Annual vaccination report of Bihar and Orissa - 1911-1928
Year: 1911
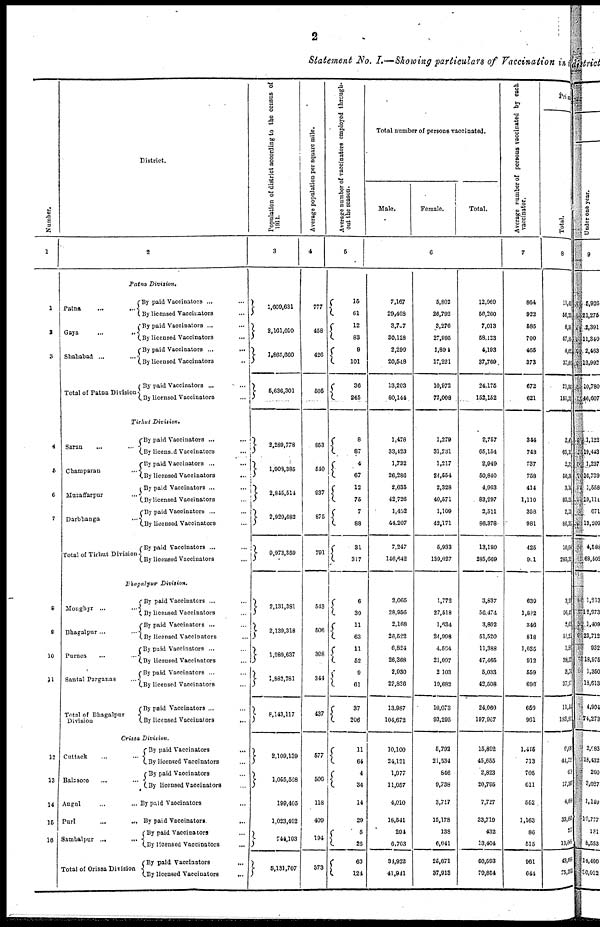
2
Statement No. I.—Showing particulars of Vaccination in the
Number.
1
1
2
3
4
5
6
7
8
9
10
11
12
13
14
15
16
District.
2
Patna Division.
Patna
...
...
Gaya
...
...
Shahabad ...
...
Total of Patna Division
By paid Vaccinators ... ...
By licensed Vaccinators ...
By paid Vaccinators ... ...
By licensed Vaccinators ...
By paid Vaccinators ...
...
By licensed Vaccinators ...
By paid Vaccinators ... ...
By licensed Vaccinators ...
Tirhut Division.
Saran
...
...
Champaran ...
Muzaffarpur ...
Darbhanga ...
Total of Tirhut Division
By paid Vaccinators ... ...
By licensed Vaccinators ...
By paid Vaccinators ... ...
By licensed Vaccinators ...
By paid Vaccinators ... ...
By licensed Vaccinators ...
By paid Vaccinators ... ...
By licensed Vaccinators ...
By paid Vaccinators ... ...
By licensed Vaccinators ...
Bhagalpur Division.
Monghyr ... ...
Bhagalpur ... ...
Purnea ... ...
Santal Parganas ...
Total of Bhagalpur
Division
By paid Vaccinators ... ...
By licensed Vaccinators ...
By paid Vaccinators ... ...
By licensed Vaccinators ...
By paid Vaccinators ... ...
By licensed Vaccinators ...
By paid Vaccinators ... ...
By licensed Vaccinators ...
By paid Vaccinators ... ...
By licensed Vaccinators
...
Orissa Division.
Cuttack ... ...
Balasore ... ...
Angul
...
...
Puri ... ...
Sambalpur ...
...
Total of Orissa Division
By paid Vaccinators ... ...
By licensed Vaccinators ...
By paid Vaccinators ... ...
By licensed Vaccinators ...
By paid Vaccinators ...
By paid Vaccinators
...
By paid Vaccinators ...
By licensed Vaccinators
...
By paid Vaccinators ...
By licensed Vaccinators ...
Population of district according to the census of
1911.
3
1,609,631
2,161,010
1,865,660
5,636,301
2,289,778
1,908,385
2,845,514
2,929,682
9,973,359
2,131,381
2,139,318
1,989,637
1,882,781
8,143,117
2,109,139
1,055,568
199,405
1,023,402
744,193
5,131,707
Average population per square mile.
4
777
458
426
505
853
540
937
875
791
543
506
308
344
437
577
506
118
409
194
373
Average number of vaccinators employed through-
out the season.
5
15
61
12
83
9
101
36
245
8
87
4
67
12
75
7
88
31
317
6
30
11
63
11
52
9
61
37
206
11
64
4
34
14
29
5
26
63
124
Total number of persons vaccinated.
Male.
Female.
Total.
6
7,167
29,468
3,737
30,128
2,299
20,548
13,203
80,144
1,478
33,423
1,732
26,286
2,635
42,726
1,402
44,207
7,247
146,642
2,065
28,956
2,168
26,522
6,824
26,368
2,930
22,826
13,987
104,672
10,100
24,121
1,977
11,057
4,010
18,541
294
6,763
34,922
41,941
5,802
26,792
3,276
27,995
1,894
17,221
10,972
72,008
1,279
31,731
1,217
24,554
2,328
40,571
1,109
42,171
5,933
139,027
1,772
27,518
1,634
24,908
4,564
21,097
2,103
19,682
10,073
93,295
5,792
21,534
846
9,738
3,717
15,178
138
6,641
25,671
37,913
12,969
56,260
7,013
58,123
4,193
37,769
24,175
152,152
2,757
65,154
2,949
50,840
4,963
83,297
2,511
86,378
13,180
285,669
3,837
56,474
3,802
51,520
11,388
47,465
5,033
42,508
24,060
197,967
15,892
45,655
2,823
20,795
7,727
33,710
432
13,404
60,593
79,854
Average number of persons vaccinated by each
vaccinator.
7
864
922
585
700
465
373
672
621
344
748
737
758
414
1,110
358
981
425
901
639
1,882
346
818
1,035
912
559
696
650
961
1,415
713
705
611
552
1,163
86
515
961
644
Primary
Total.
8
11,41
56,25
6,56
57,85
4,02
37,0
21, 2
151,71
2,4
65,1
2,35
50,56
3, 14
83,25
2,13
86,31
10,05
285,3
3,22
56,4
2,6
51,2
1,95
38,3
3,7
37,9
11,5
183,95
6,6
44,75
608
17,5
4,064
33,662
2
13,065
43,858
75,333